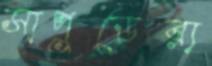
সাপুড়েরা